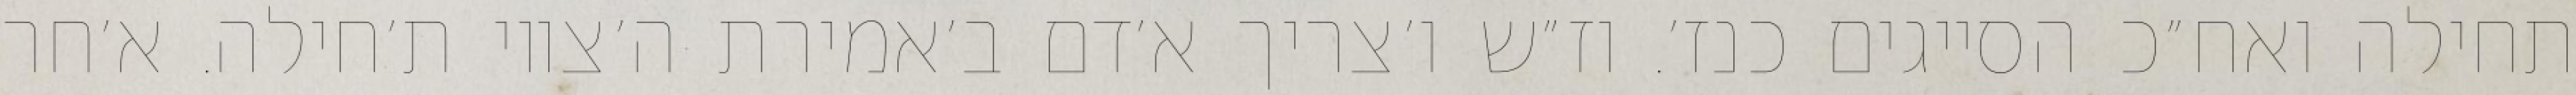
תחילה ואח״כ הסייגים כנז׳. וז״ש ו׳צריך א׳דם ב׳אמירת ה׳צווי ת׳חילה. א׳חר